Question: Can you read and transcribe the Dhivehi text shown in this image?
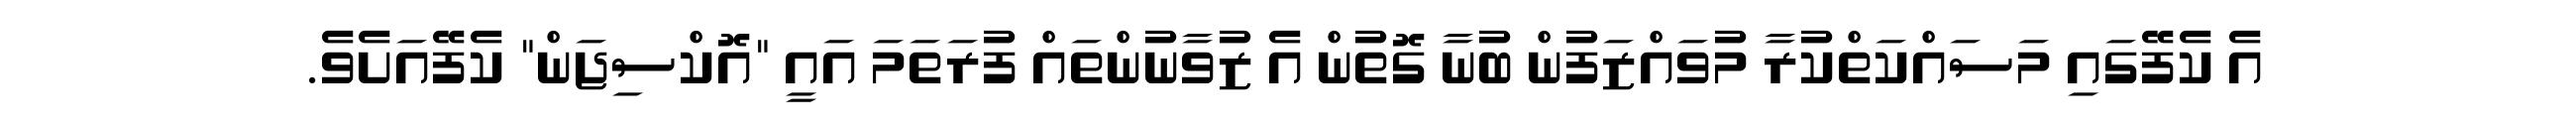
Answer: އެ ކެފޭގައި މަސައްކަތްކުރާ މުވައްޒަފުން ބުނާ ގޮތުން އެ ޒުވާނުންތައް ފުރަތަމަ އައީ "އޮކްސިޖަން" ކެފޭއަށެވެ.